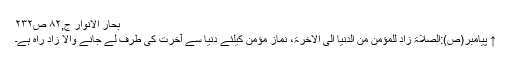
بحار الانوار ج,۸۲ ص۲۳۲
↑ پیامبر(ص):الصلاۃ زاد للمؤمن من الدنیا الی الاخرۃ، نماز مؤمن کیلئے دنیا سے آخرت کی طرف لے جانے والا زاد راہ ہے۔